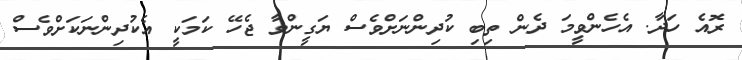
ރޮއެ ހަދާ. އެހެންވީމަ ދެން ތިބި ކުދިންނަށްވެސް ޔަގީންވާ ޖެހޭ ކަމަކީ އެކުދިންނަކަށްވެސް